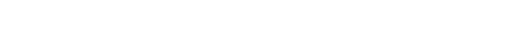
ထိုနတ်တို့သည်။ ဣတော၊ ဤလူပြည်မှ။ စုတာ၊ စုတေကုန်သည်ရှိသော်။ တတ္ထ၊